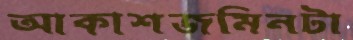
আকাশজমিনটা